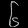
Digit: ၆